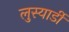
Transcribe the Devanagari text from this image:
लुस्यार्डी